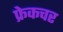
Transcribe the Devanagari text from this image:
फ्रेकचर